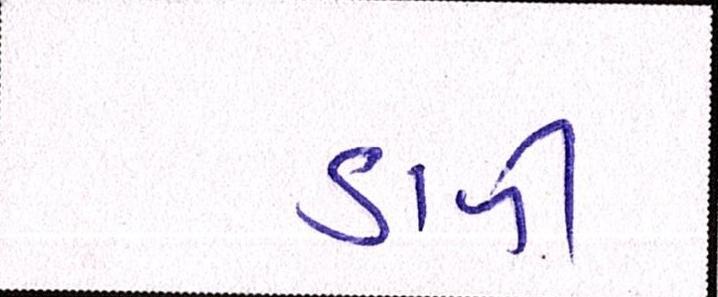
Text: ડાળી